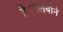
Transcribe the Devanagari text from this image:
है।मेलबोर्न